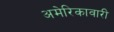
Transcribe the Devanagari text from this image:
अमेरिकावारी